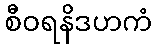
စီဝရနိဒဟကံ